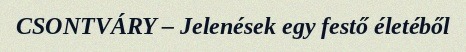
CSONTVÁRY – Jelenések egy festő életéből